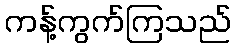
ကန့်ကွက်ကြသည်